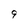
Character: 9